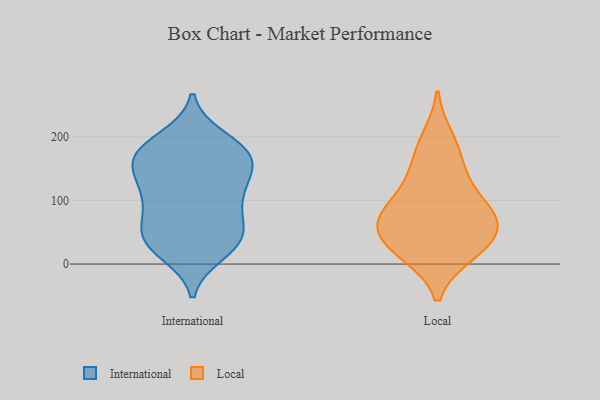
{"axis": {"x": "Gross Profit (USD K)", "y": "Value"}, "legend": ["International", "Local"], "data": [{"x": "", "y": 178, "type": "International"}, {"x": "", "y": 45, "type": "International"}, {"x": "", "y": 53, "type": "International"}, {"x": "", "y": 160, "type": "International"}, {"x": "", "y": 38, "type": "International"}, {"x": "", "y": 182, "type": "International"}, {"x": "", "y": 151, "type": "International"}, {"x": "", "y": 26, "type": "International"}, {"x": "", "y": 107, "type": "International"}, {"x": "", "y": 197, "type": "International"}, {"x": "", "y": 61, "type": "International"}, {"x": "", "y": 131, "type": "International"}, {"x": "", "y": 18, "type": "International"}, {"x": "", "y": 106, "type": "International"}, {"x": "", "y": 89, "type": "International"}, {"x": "", "y": 114, "type": "International"}, {"x": "", "y": 36, "type": "International"}, {"x": "", "y": 158, "type": "International"}, {"x": "", "y": 179, "type": "International"}, {"x": "", "y": 169, "type": "International"}, {"x": "", "y": 121, "type": "Local"}, {"x": "", "y": 16, "type": "Local"}, {"x": "", "y": 69, "type": "Local"}, {"x": "", "y": 198, "type": "Local"}, {"x": "", "y": 172, "type": "Local"}, {"x": "", "y": 28, "type": "Local"}, {"x": "", "y": 88, "type": "Local"}, {"x": "", "y": 137, "type": "Local"}, {"x": "", "y": 44, "type": "Local"}, {"x": "", "y": 16, "type": "Local"}, {"x": "", "y": 75, "type": "Local"}, {"x": "", "y": 65, "type": "Local"}, {"x": "", "y": 65, "type": "Local"}]}